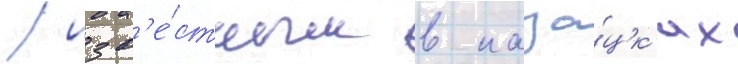
/ изв'е́стным в каза́цк'их